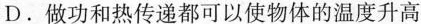
D.做功和热传递都可以使物体的温度升高